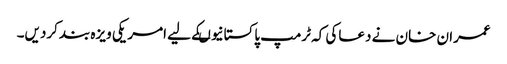
عمران خان نے دعاکی کہ ٹرمپ پاکستانیوںکے لیے امر یکی ویزہ بندکردیں۔